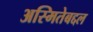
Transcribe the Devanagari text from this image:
अस्मितेबद्दल